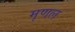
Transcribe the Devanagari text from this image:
मृणल